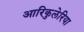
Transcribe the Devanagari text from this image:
आरिकुलेरिया